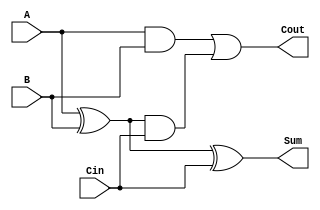
module CarryLookaheadFullAdder (
    input wire A,      // First input bit
    input wire B,      // Second input bit
    input wire Cin,    // Carry input
    output wire Sum,   // Sum output
    output wire Cout   // Carry output
);

    // Intermediate signals
    wire G;           // Generate signal
    wire P;           // Propagate signal
    wire C1;          // Intermediate carry output

    // Generate and Propagate calculations
    assign G = A & B;        // G = A AND B
    assign P = A ^ B;        // P = A XOR B

    // Carry output calculation
    assign C1 = G | (P & Cin); // C1 = G OR (P AND Cin)
    assign Cout = C1;         // Cout is the same as C1

    // Sum calculation
    assign Sum = P ^ Cin;     // Sum = P XOR Cin

endmodule